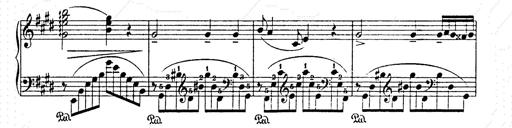
Title: AnnÃ©es de pÃ¨lerinage II
Composer: Franz Liszt